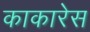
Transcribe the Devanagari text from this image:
काकारेस